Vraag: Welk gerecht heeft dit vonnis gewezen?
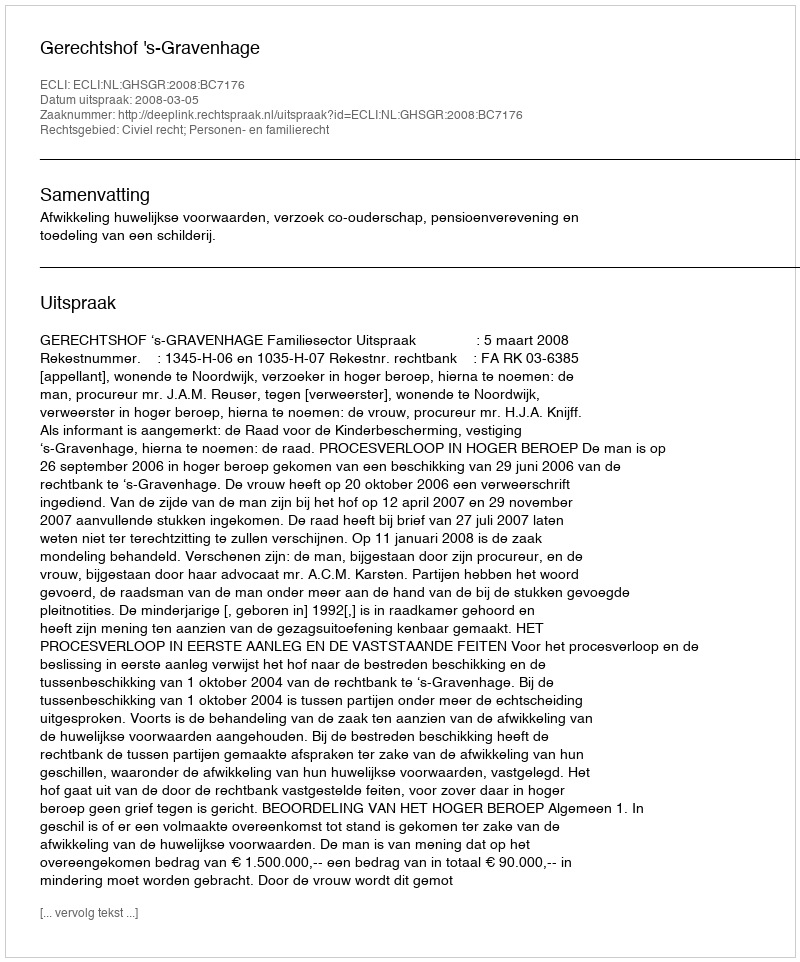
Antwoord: Gerechtshof 's-Gravenhage